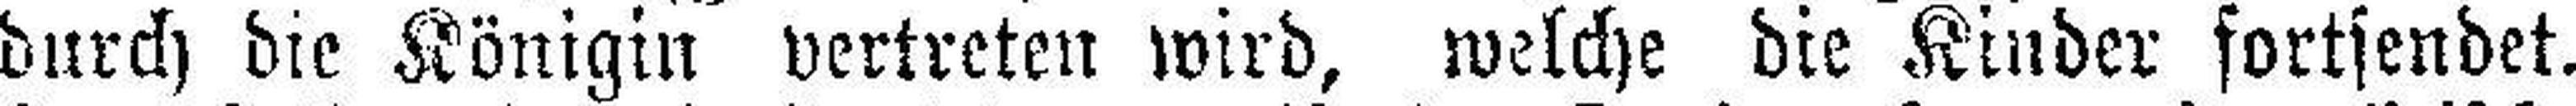
durch die Königin vertreten wird, welche die Kinder fortsendet.